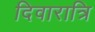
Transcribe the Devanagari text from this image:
दिवारात्रि